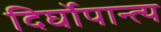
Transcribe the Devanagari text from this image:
दिर्घोपान्त्य